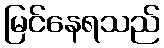
မြင်နေရသည်